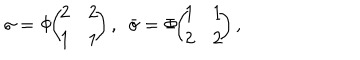
\sigma = \Phi \! \! \left( \! \! \begin{array} { c c } { { 2 } } & { { 2 } } \\ { { 1 } } & { { 1 } } \\ \end{array} \! \! \right) , ~ ~ \bar { \sigma } = \Phi \! \! \left( \! \! \begin{array} { c c } { { 1 } } & { { 1 } } \\ { { 2 } } & { { 2 } } \\ \end{array} \! \! \right) ,